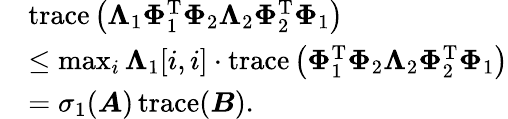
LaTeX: \begin{array}{rl}&{\operatorname{trace}\left(\boldsymbol{\Lambda}_{1}\boldsymbol{\Phi}_{1}^{\mathrm{T}}\boldsymbol{\Phi}_{2}\boldsymbol{\Lambda}_{2}\boldsymbol{\Phi}_{2}^{\mathrm{T}}\boldsymbol{\Phi}_{1}\right)}\\ &{\leq\operatorname*{max}_{i}\boldsymbol{\Lambda}_{1}[i,i]\cdot\operatorname{trace}\left(\boldsymbol{\Phi}_{1}^{\mathrm{T}}\boldsymbol{\Phi}_{2}\boldsymbol{\Lambda}_{2}\boldsymbol{\Phi}_{2}^{\mathrm{T}}\boldsymbol{\Phi}_{1}\right)}\\ &{=\sigma_{1}(\boldsymbol{A})\operatorname{trace}(\boldsymbol{B}).}\end{array}